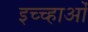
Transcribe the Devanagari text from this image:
इच्च्हाओं